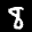
Label: 8